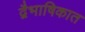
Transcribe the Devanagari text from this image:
द्वैभाषिकात